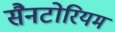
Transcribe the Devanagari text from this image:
सैनटोरियम